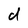
Character: d